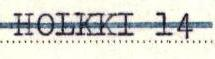
HOLKKI 14